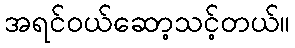
အရင်ဝယ်ဆော့သင့်တယ်။